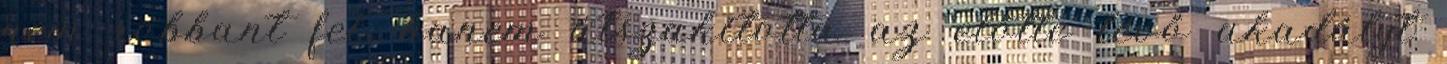
nem robbant fel, hanem átszakította az előtte lévő akadályt